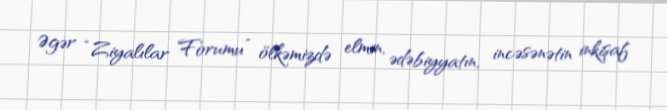
Əgər “Ziyalılar Forumu” ölkəmizdə elmin, ədəbiyyatın, incəsənətin inkişaf